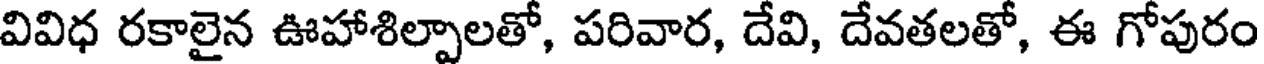
వివిధ రకాలైన ఊహాశిల్పాలతో, పరివార, దేవి, దేవతలతో, ఈ గోపురం